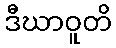
ဒီဃာဝူတိ